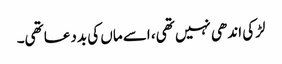
لڑکی اندھی نہیں تھی، اسے ماں‌ کی بددعا تھی۔